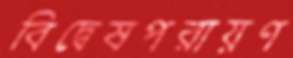
বিদ্বেষপরায়ণ